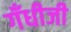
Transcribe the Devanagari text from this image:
गँधीजी